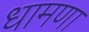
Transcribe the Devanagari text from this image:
धामणा